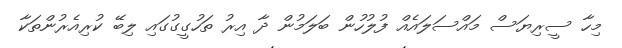
މިހާ ސީރިޔަސް މައްސަލައެއް ފުލުހުން ބަލަމުން ދާ އިރު ތަހުގީގުގައި ލިބޭ ކުރިއެރުންތަކާ